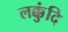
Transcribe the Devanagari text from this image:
लक्कुंदि